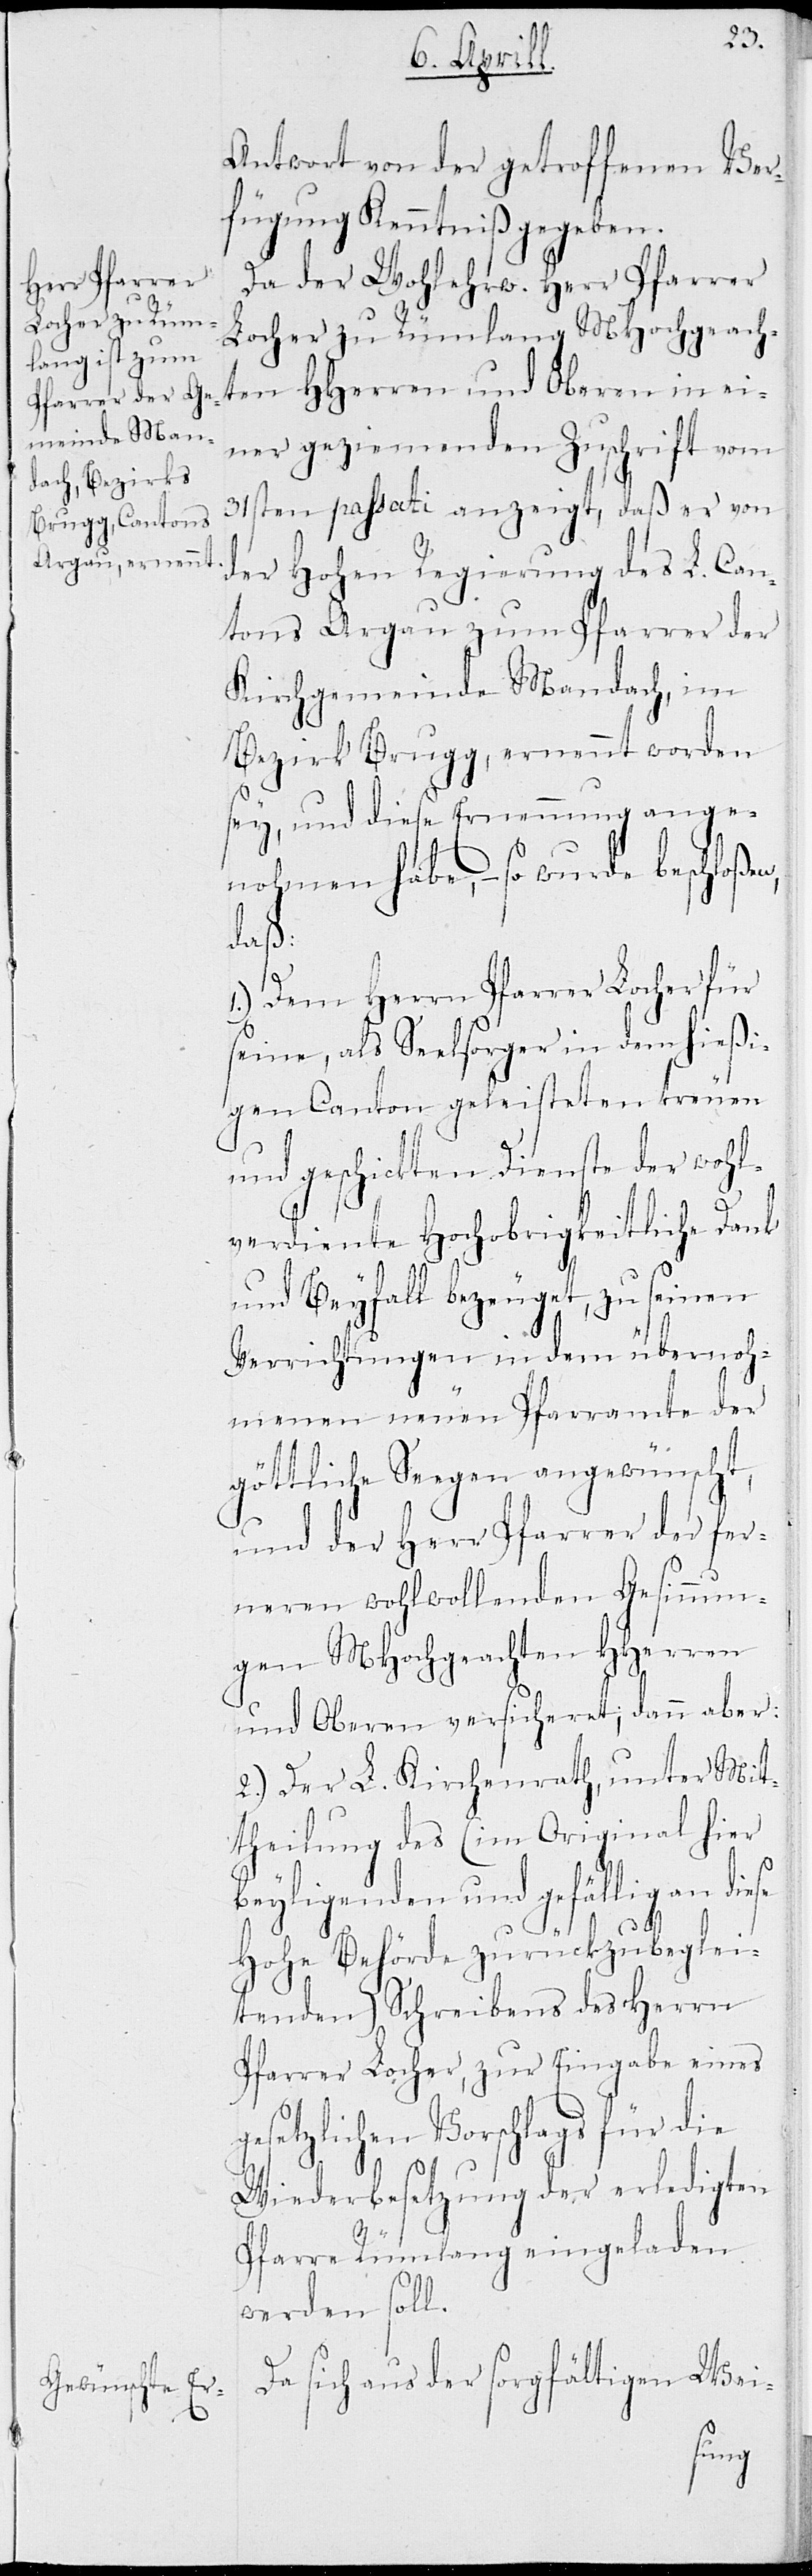
Antwort von der getroffenen Ver¬
fügung Kenntniß gegeben.
Da der Wohlehrw. Herr Pfarrer
Locher zu Rümlang MHochgeach¬
ten HHerren und Oberen in ei¬
ner geziemenden Zuschrift vom
31sten passati anzeigt, daß er von
der Hohen Regierung des L. Can¬
tons Argau zum Pfarrer der
Kirchgemeinde Mandach, im
Bezirk Brugg, ernennt woden
sey, und diese Ernennung ange¬
nohmen habe, – so wurde beschloßen,
daß:
1.) Dem Herrn Pfarrer Locher für
seine, als Seelsorger in dem hießi¬
gen Canton geleisteten treuen
und geschickten Dienste der wohl¬
verdiente Hochobrigkeitliche Dank
und Beyfall bezeuget, zu seinen
Verrichtungen in dem übernoh¬
menen neuen Pfarramte der
göttliche Seegen angewünscht,
und der Herr Pfarrer der fer¬
nern wohlwollenenden Gesinnun¬
gen MHochgeachten HHerren
und Oberen versicheret; dann aber:
2.) Der L. Kirchenrath, unter Mit¬
theilung des (im Original hier
beyligenden und gefällig an diese
Hohe Behörde zurückzubeglei¬
tenden) Schreibens des Herrn
Pfarrer Locher, zur Eingabe eines
gesetzlichen Vorschlags für die
Wiederbesetzung der erledigten
Pfarre Rümlang eingeladen
werden soll.
Da sich aus der sorgfältigen Wei-